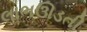
લાભઊડતી